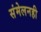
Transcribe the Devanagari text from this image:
संमेलनही